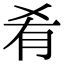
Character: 肴